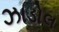
ઝાડોલ